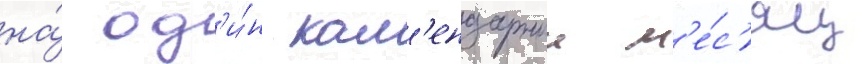
на́ од'и́н кал'ендарныи м'е́с'яц